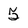
Character: 5